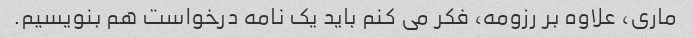
ماری، علاوه بر رزومه، فکر می کنم باید یک نامه درخواست هم بنویسیم.